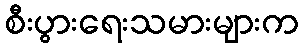
စီးပွားရေးသမားများက